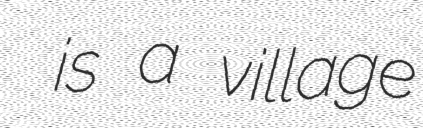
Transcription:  is a village